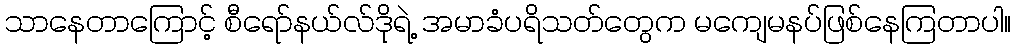
သာနေတာကြောင့် စီရော်နယ်လ်ဒိုရဲ့ အမာခံပရိသတ်တွေက မကျေမနပ်ဖြစ်နေကြတာပါ။